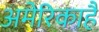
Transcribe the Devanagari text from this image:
अमेरिकाहै